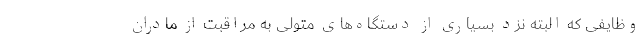
وظایفی که البته نزد بسیاری از دستگاه‌های متولی به مراقبت از مادران